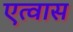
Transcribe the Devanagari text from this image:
एत्वास